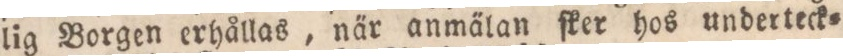
lig Borgen erhållas, när anmälan ſker hos underteck=